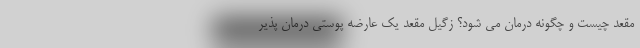
مقعد چیست و چگونه درمان می شود؟ زگیل مقعد یک عارضه پوستی درمان پذیر